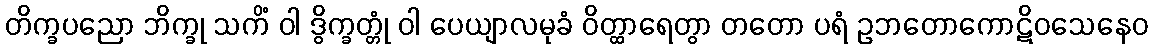
တိက္ခပညော ဘိက္ခု သကိံ ဝါ ဒွိက္ခတ္တုံ ဝါ ပေယျာလမုခံ ဝိတ္ထာရေတွာ တတော ပရံ ဥဘတောကောဋိဝသေနေဝ